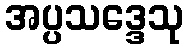
အပ္ပသဒ္ဒေသု